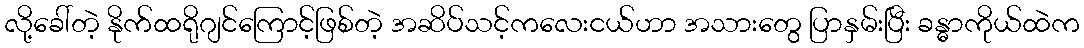
လို့ခေါ်တဲ့ နိုက်ထရိုဂျင်ကြောင့်ဖြစ်တဲ့ အဆိပ်သင့်ကလေးငယ်ဟာ အသားတွေ ပြာနှမ်းပြီး ခန္ဓာကိုယ်ထဲက